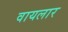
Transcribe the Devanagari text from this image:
वायलार